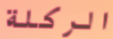
الركلة